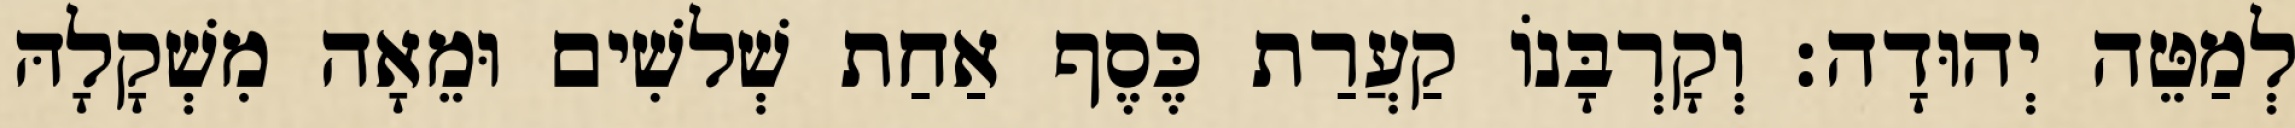
לְמַטֵּה יְהוּדָה׃ וְקָרְבָּנוֹ קַעֲרַת כֶּסֶף אַחַת שְׁלשִׁים וּמֵאָה מִשְׁקָלָהּ